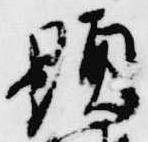
顕